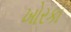
ખોરકા